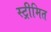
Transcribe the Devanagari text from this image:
स्ट्रीमित